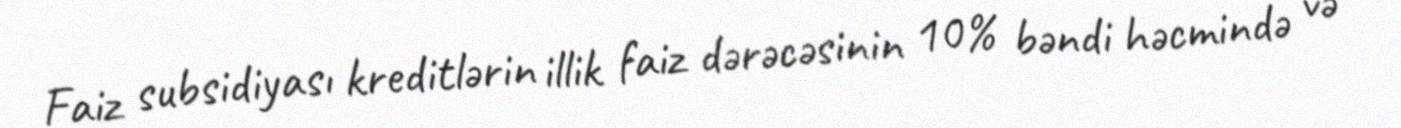
Faiz subsidiyası kreditlərin illik faiz dərəcəsinin 10% bəndi həcmində və